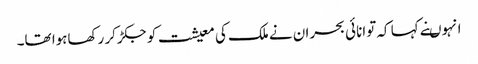
انہوںنے کہا کہ توانائی بحران نے ملک کی معیشت کو جکڑکر رکھاہوا تھا۔